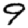
Digit: 9